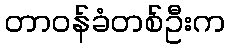
တာဝန်ခံတစ်ဦးက